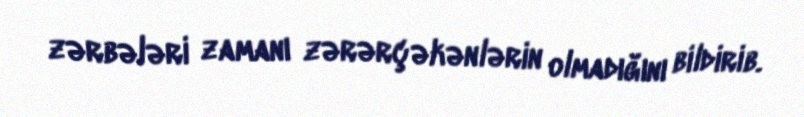
zərbələri zamanı zərərçəkənlərin olmadığını bildirib.